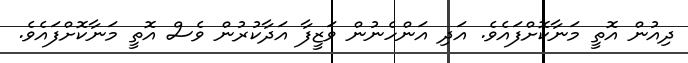
ދިއުން އޮތީ މަނާކޮށްފައެވެ. އަދި އަންހެނުން ވަޒީފާ އަދާކުރުން ވެސް އޮތީ މަނާކޮށްފައެވެ.